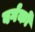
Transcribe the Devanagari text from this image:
वर्गकों